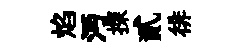
焰沔探貳徘